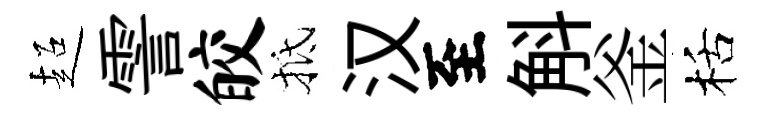
超霅皎抵汉至斛釜栝